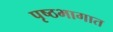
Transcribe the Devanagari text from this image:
पृष्ठभागात